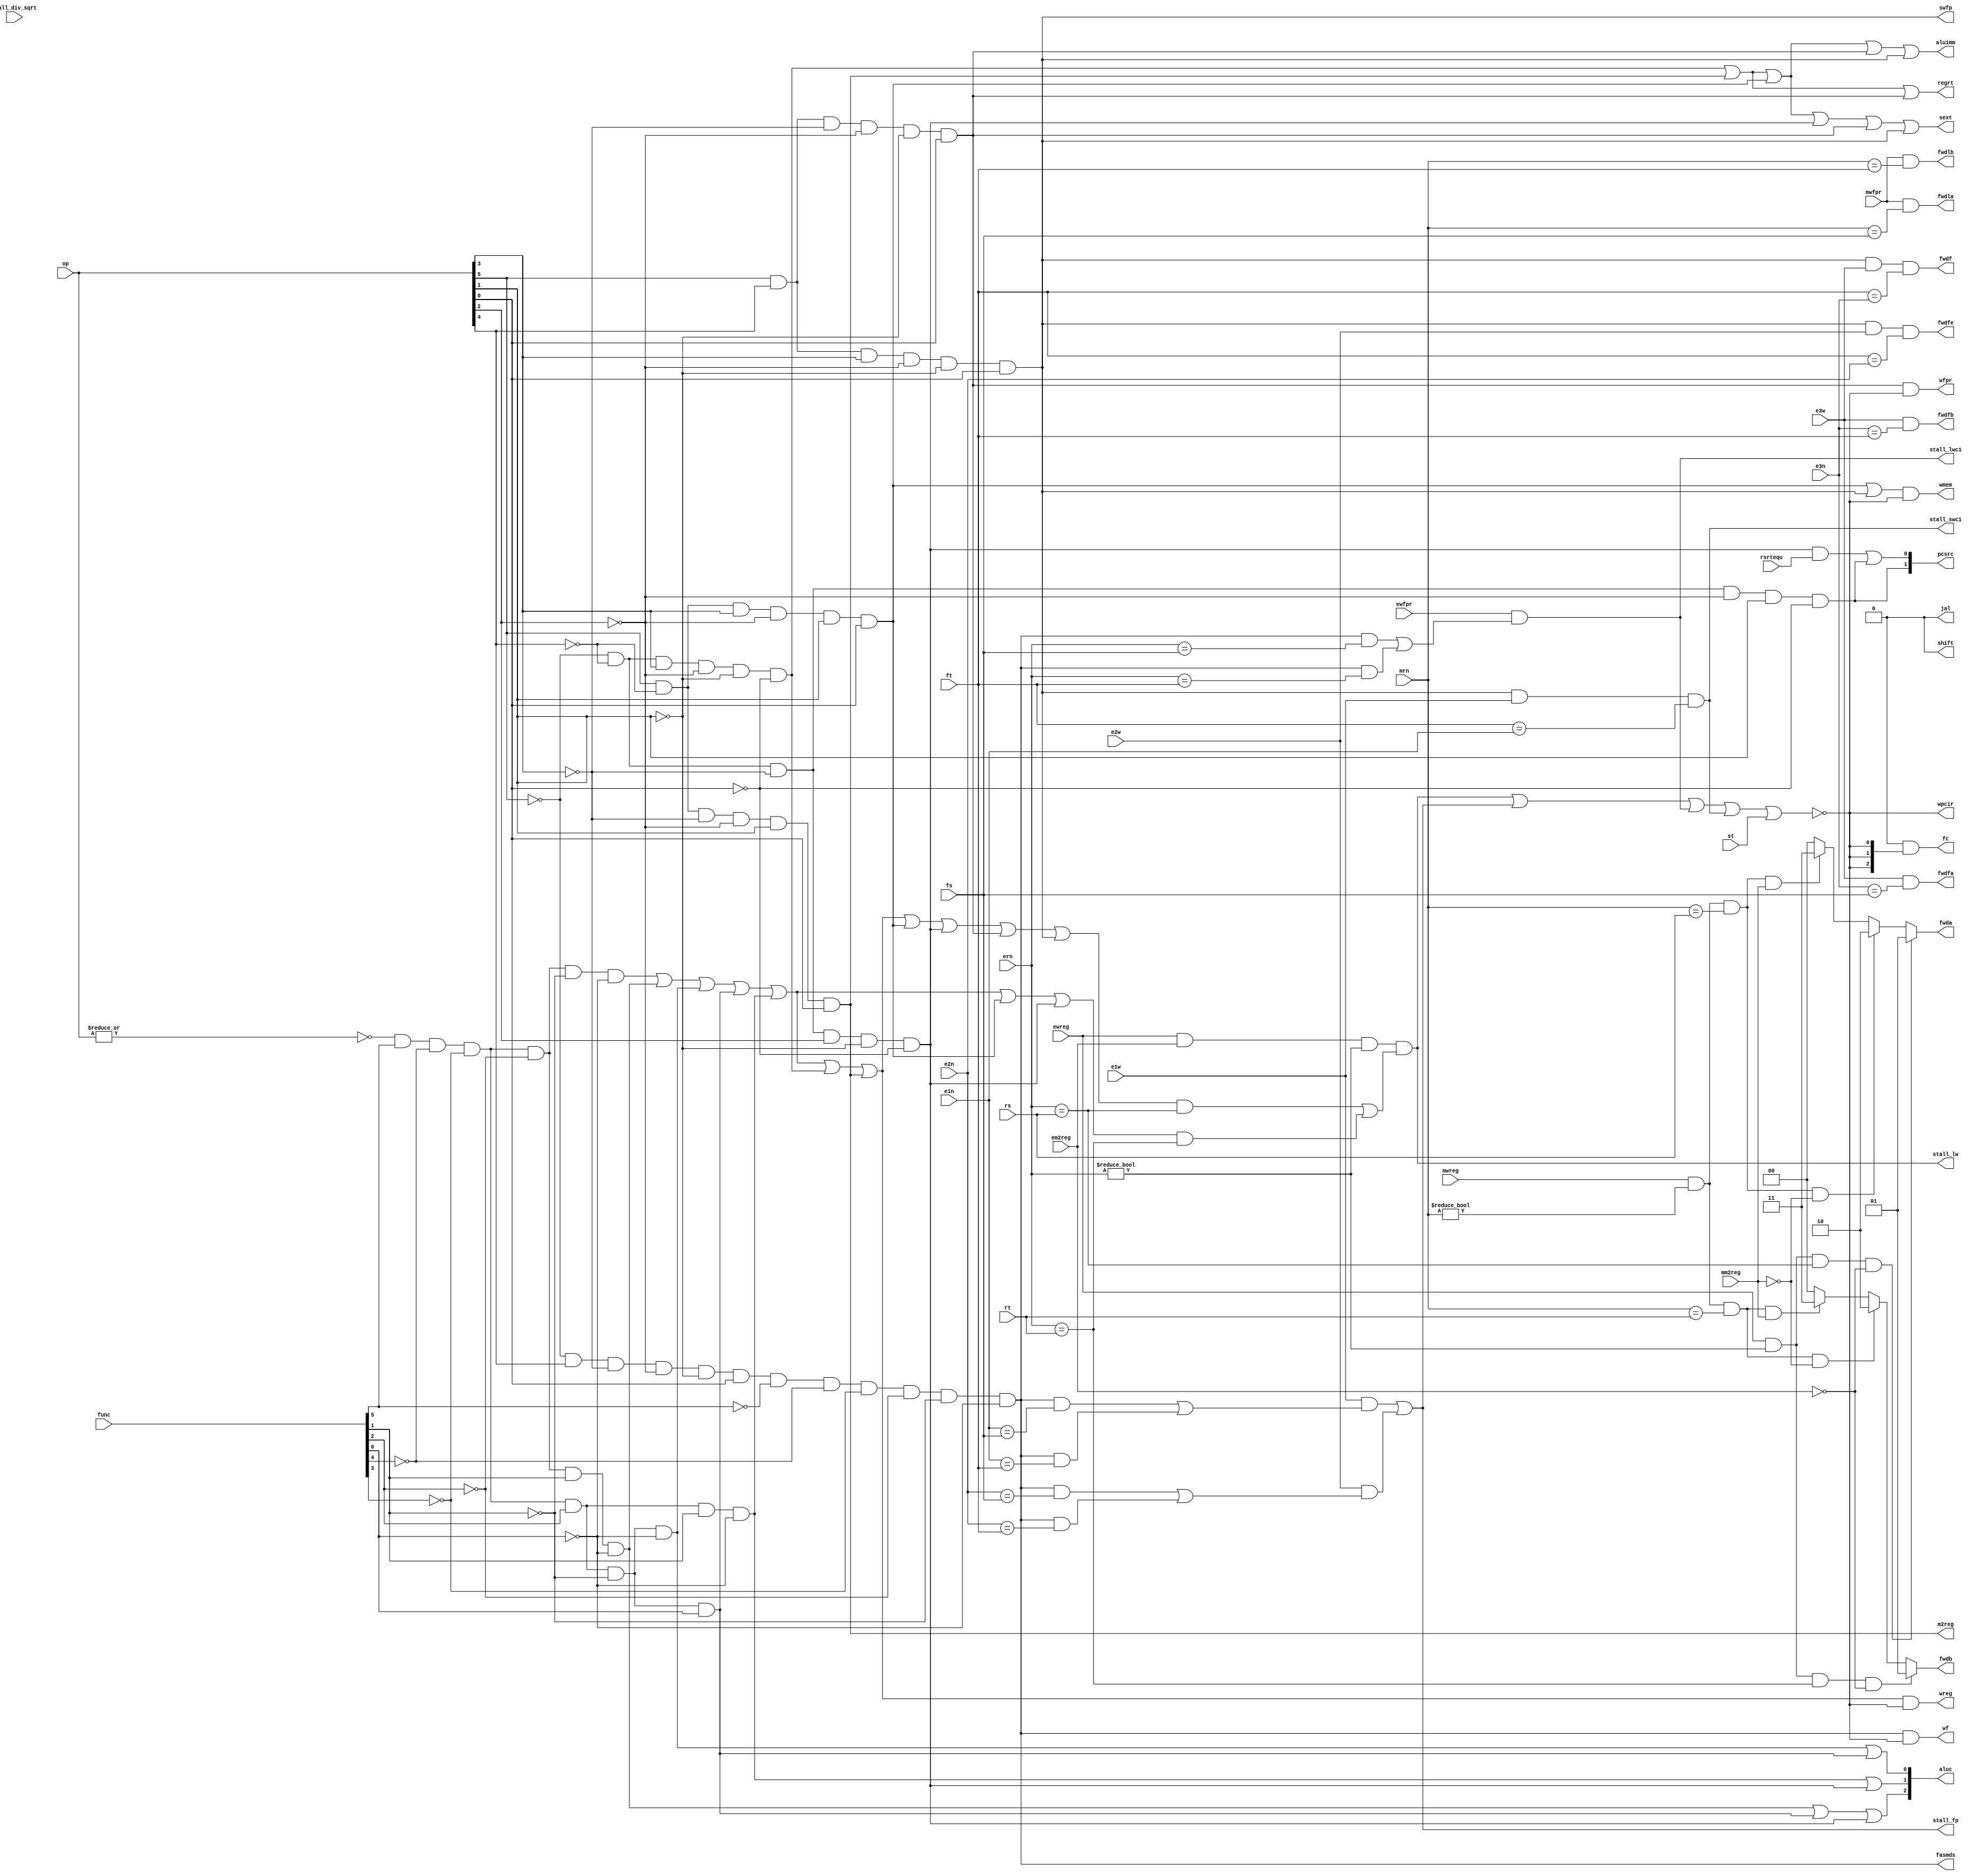
module iu_control (op,func,rs,rt,fs,ft,rsrtequ,ewfpr,ewreg,em2reg,ern,mwfpr, 
				   mwreg,mm2reg,mrn,e1w,e1n,e2w,e2n,e3w,e3n,stall_div_sqrt, 
				   st,pcsrc,wpcir,wreg,m2reg,wmem,jal,aluc,aluimm,shift, 
				   sext,regrt,fwda,fwdb,swfp,fwdf,fwdfe,wfpr,fwdla,fwdlb, 
				   fwdfa,fwdfb,fc,wf,fasmds,stall_lw,stall_fp,stall_lwc1, 
				   stall_swc1); 
input rsrtequ, ewreg,em2reg,ewfpr, mwreg,mm2reg,mwfpr; 
input e1w,e2w,e3w,stall_div_sqrt,st; 
input [5:0] op,func;

input [4:0] rs,rt,fs,ft,ern,mrn,e1n,e2n,e3n; 
output wpcir,wreg,m2reg,wmem,jal,aluimm,shift,sext,regrt; 
output swfp,fwdf,fwdfe; 
output fwdla,fwdlb,fwdfa,fwdfb; 
output wfpr,wf,fasmds; 
output [2:0] aluc; 
output [2:0] fc; 
output [1:0] pcsrc,fwda,fwdb; 
output stall_lw,stall_fp,stall_lwc1,stall_swc1; 
//wire rtype,i_add,i_sub,i_and,i_or,i_xor,i_sll,i_srl,i_sra; 
//wire i_jr,i_j,i_jal; 
//wire i_addi,i_andi,i_ori,i_xori,i_lw,i_sw,i_beq,i_bne,i_lui; 
//wire ftype,i_lwc1,i_swc1,i_fadd,i_fsub,i_fmul,i_fdiv,i_fsqrt; 

// r format 
wire rtype =~|op; 
wire i_add = rtype& func[5]&~func[4]&~func[3]&~func[2]&~func[1]&~func[0];
wire i_sub = rtype& func[5]&~func[4]&~func[3]&~func[2]&func[1]&~func[0];
wire i_and = rtype& func[5]&~func[4]&~func[3]&func[2]&~func[1]&~func[0];
wire i_or = rtype& func[5]&~func[4]&~func[3]&func[2]&~func[1]&func[0];
wire i_xor = rtype& func[5]&~func[4]&~func[3]&func[2]&func[1]&~func[0];

 // i format 
wire i_addi = ~op[5]&~op[4]& op[3]&~op[2]&~op[1]&~op[0];
wire i_lw = op[5]&~op[4]&~op[3]&~op[2]& op[1]& op[0];
wire i_sw = op[5]&~op[4]& op[3]&~op[2]& op[1]& op[0];
wire i_beq = ~op[5]&~op[4]&~op[3]& op[2]&~op[1]&~op[0];

 // j format 
 wire i_j = ~op[5]&~op[4]&~op[3]&~op[2]& op[1]& ~op[0];

 // f format 
 wire ftype = ~op[5]&op[4]&~op[3]&~op[2]&~op[1]&op[0];
 wire i_lwc1 = op[5]&op[4]&~op[3]&~op[2]&~op[1]&op[0];
 wire i_swc1 = op[5]&op[4]&op[3]&~op[2]&~op[1]&op[0];
 wire i_fadd = ftype&~func[5]&~func[4]&~func[3]&~func[2]&~func[1]&~func[0];

 wire i_rs = i_add | i_sub | i_and | i_or | i_xor | i_addi | i_lw | i_sw | i_beq | i_lwc1 | i_swc1; 
 wire i_rt = i_add | i_sub | i_and | i_or | i_xor | i_sw | i_beq;

 assign stall_lw = ewreg & em2reg & (ern != 0) & (i_rs & (ern == rs) | i_rt & (ern == rt)); 

 reg [1:0] fwda, fwdb; 
 always @ (ewreg or mwreg or ern or mrn or em2reg or mm2reg or rs or rt) begin 
 	fwda = 2'b00; // default: no hazards 
	 if (ewreg & (ern != 0) & (ern == rs) &~em2reg) begin 
	 	fwda = 2'b01; // select exe_alu 
	 end else begin 
	 	if (mwreg & (mrn != 0) & (mrn == rs) & ~mm2reg) begin 
	 		fwda = 2'b10; // select mem_alu 
	 	end else begin 
	 		if (mwreg & (mrn != 0) & (mrn == rs) & mm2reg) begin 
	 			fwda = 2'b11; // select mem_lw 
	 		end 
	 	end 
	 end 
	 fwdb = 2'b00; // default: no hazards 
	 if (ewreg & (ern != 0) & (ern == rt) & ~em2reg) begin 
	 	fwdb = 2'b01; // select exe_alu 
	 end else begin 
	 	if (mwreg & (mrn != 0) & (mrn == rt) & ~mm2reg) begin 
	 		fwdb = 2'b10; // select mem_alu 
	 	end else begin 
	 		if (mwreg & (mrn != 0) & (mrn == rt) & mm2reg) begin 
	 			fwdb = 2'b11; // select mem_lw 
	 		end 
	 	end 
	end 
end

//generate control signals
 assign wreg = (i_add|i_sub|i_and|i_or|i_xor|i_addi|i_lw)&wpcir;
 assign regrt = i_addi|i_lw|i_lwc1;
 assign m2reg = i_lw;
 assign aluimm = i_addi | i_lw | i_sw | i_lwc1 | i_swc1;
 assign sext = i_addi | i_lw | i_sw | i_beq | i_lwc1 | i_swc1;
 assign aluc[2] = i_sub|i_or|i_beq;
 assign aluc[1] = i_xor|i_beq;
 assign aluc[0] = i_and|i_or;
 assign wmem = (i_sw | i_swc1) & wpcir;
 assign pcsrc[1] = i_j;
 assign pcsrc[0] = i_beq & rsrtequ | i_j;
 assign shift = 0;
 assign jal = 0;

 wire [2:0]fop;	//fpu control code
 assign fop[0] = 0;
 assign fop[1] = 0;
 assign fop[2] = 0;

 //stall caused by fp data harzards
 wire i_fs = i_fadd;
 wire i_ft = i_fadd;

 assign stall_fp = (e1w & (i_fs & (e1n == fs) | i_ft & (e1n == ft))) |
 				   (e2w & (i_fs & (e2n == fs) | i_ft & (e2n == ft)));
 assign fwdfa = e3w & (e3n == fs);
 assign fwdfb = e3w & (e3n == ft);
 assign wfpr  = i_lwc1 & wpcir;
 assign fwdla = mwfpr & (mrn == fs);
 assign fwdlb = mwfpr & (mrn == ft);
 assign stall_lwc1 = ewfpr & (i_fs & (ern == fs) | i_ft & (ern == ft));
 assign swfp = i_swc1;
 assign fwdf = swfp & e3w & (ft == e3n);
 assign fwdfe = swfp & e2w & (ft == e2n);
 assign stall_swc1 = swfp & e1w & (ft == e1n);
 wire stall_others = stall_lw | stall_fp | stall_lwc1 | stall_swc1| st;
 assign wpcir = ~stall_others; 
 assign fc = fop & {3{~stall_others}}; 
 assign wf = i_fs & wpcir;
 assign fasmds = i_fs;

 endmodule // iu_control